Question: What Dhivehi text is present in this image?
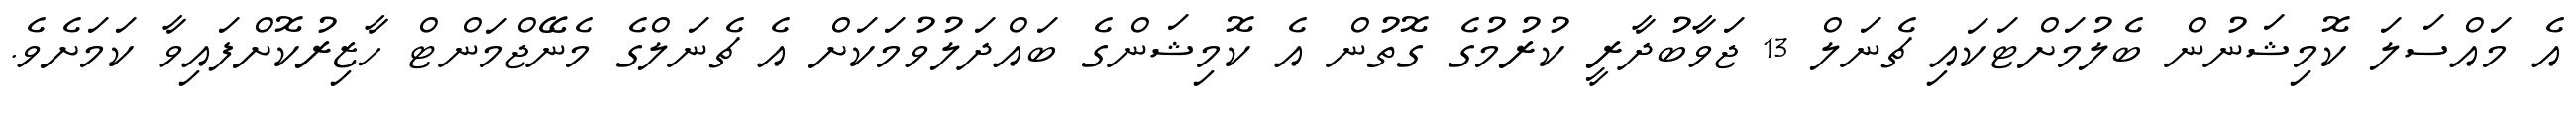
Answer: އެ މައްސަލަ ކޮމިޝަނުން ބެލުމަށްޓަކައި ޗެނަލް 13 ޖަވާބުދާރީ ކުރުމުގެ ގޮތުން އެ ކޮމިޝަންގެ ބައްދަލުވުމަކަށް އެ ޗެނަލްގެ މެނޭޖްމަންޓް ހާޒިރުކޮށްފައިވާ ކަމަށެވެ.